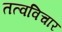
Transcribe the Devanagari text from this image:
तत्वविचार